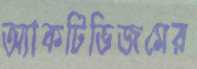
অ্যাকটিভিজমের